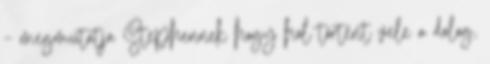
– megmutatja Stephennek hogy hol történt vele a dolog,